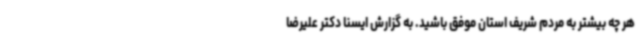
هر چه بیشتر به مردم شریف استان موفق باشید. به گزارش ایسنا دکتر علیرضا